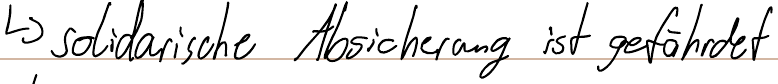
-> solidarische Absicherung ist gefährdet